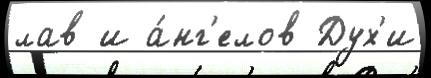
лав и а́нг'елов Дух'и